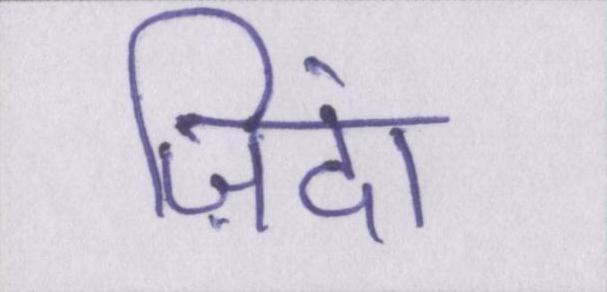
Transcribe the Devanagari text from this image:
ज़िंदा